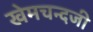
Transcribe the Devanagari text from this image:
खेमचन्दजी